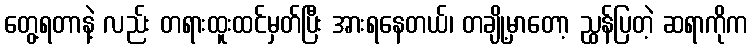
တွေ့ရတာနဲ့ လည်း တရားထူးထင်မှတ်ပြီး အားရနေတယ်၊ တချို့မှာတော့ ညွှန်ပြတဲ့ ဆရာကိုက